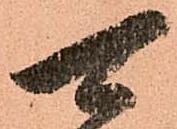
可